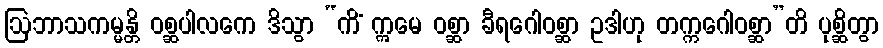
ဩဘာသကမ္မန္တိ ဝစ္ဆပါလကေ ဒိသွာ “ကိံ ဣမေ ဝစ္ဆာ ခီရဂေါဝစ္ဆာ ဥဒါဟု တက္ကဂေါဝစ္ဆာ”တိ ပုစ္ဆိတွာ